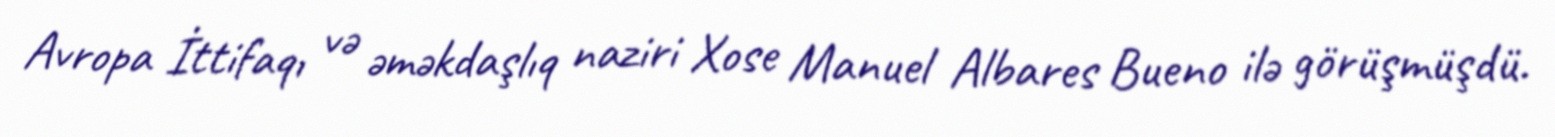
Avropa İttifaqı və əməkdaşlıq naziri Xose Manuel Albares Bueno ilə görüşmüşdü.